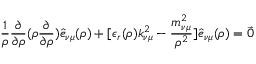
\frac { 1 } { \rho } \frac { \partial } { \partial \rho } ( \rho \frac { \partial } { \partial \rho } ) \hat { e } _ { \nu \mu } ( \rho ) + [ \epsilon _ { r } ( \rho ) k _ { \nu \mu } ^ { 2 } - \frac { m _ { \nu \mu } ^ { 2 } } { \rho ^ { 2 } } ] \hat { e } _ { \nu \mu } ( \rho ) = { \vec { 0 } }